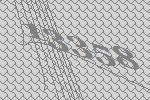
13358